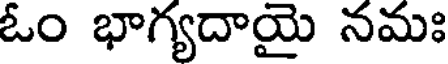
ఓం భాగ్యదాయై నమః